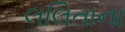
લલિતાના